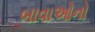
બાવાઓનો